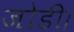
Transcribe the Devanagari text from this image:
जोडी।